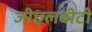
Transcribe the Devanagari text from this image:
जीएलबीटी